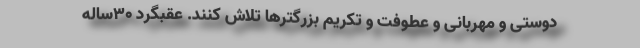
دوستی و مهربانی و عطوفت و تکریم بزرگترها تلاش کنند. عقبگرد ۳۰ساله